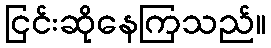
ငြင်းဆိုနေကြသည်။